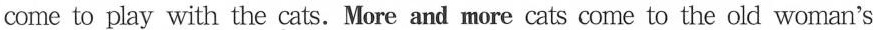
come to play with the cats. More and more cats come to the old woman's